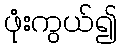
ဖုံးကွယ်၍